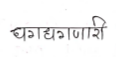
मजकूर: धगद्यगणारी